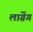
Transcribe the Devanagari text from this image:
लाग्रेंग